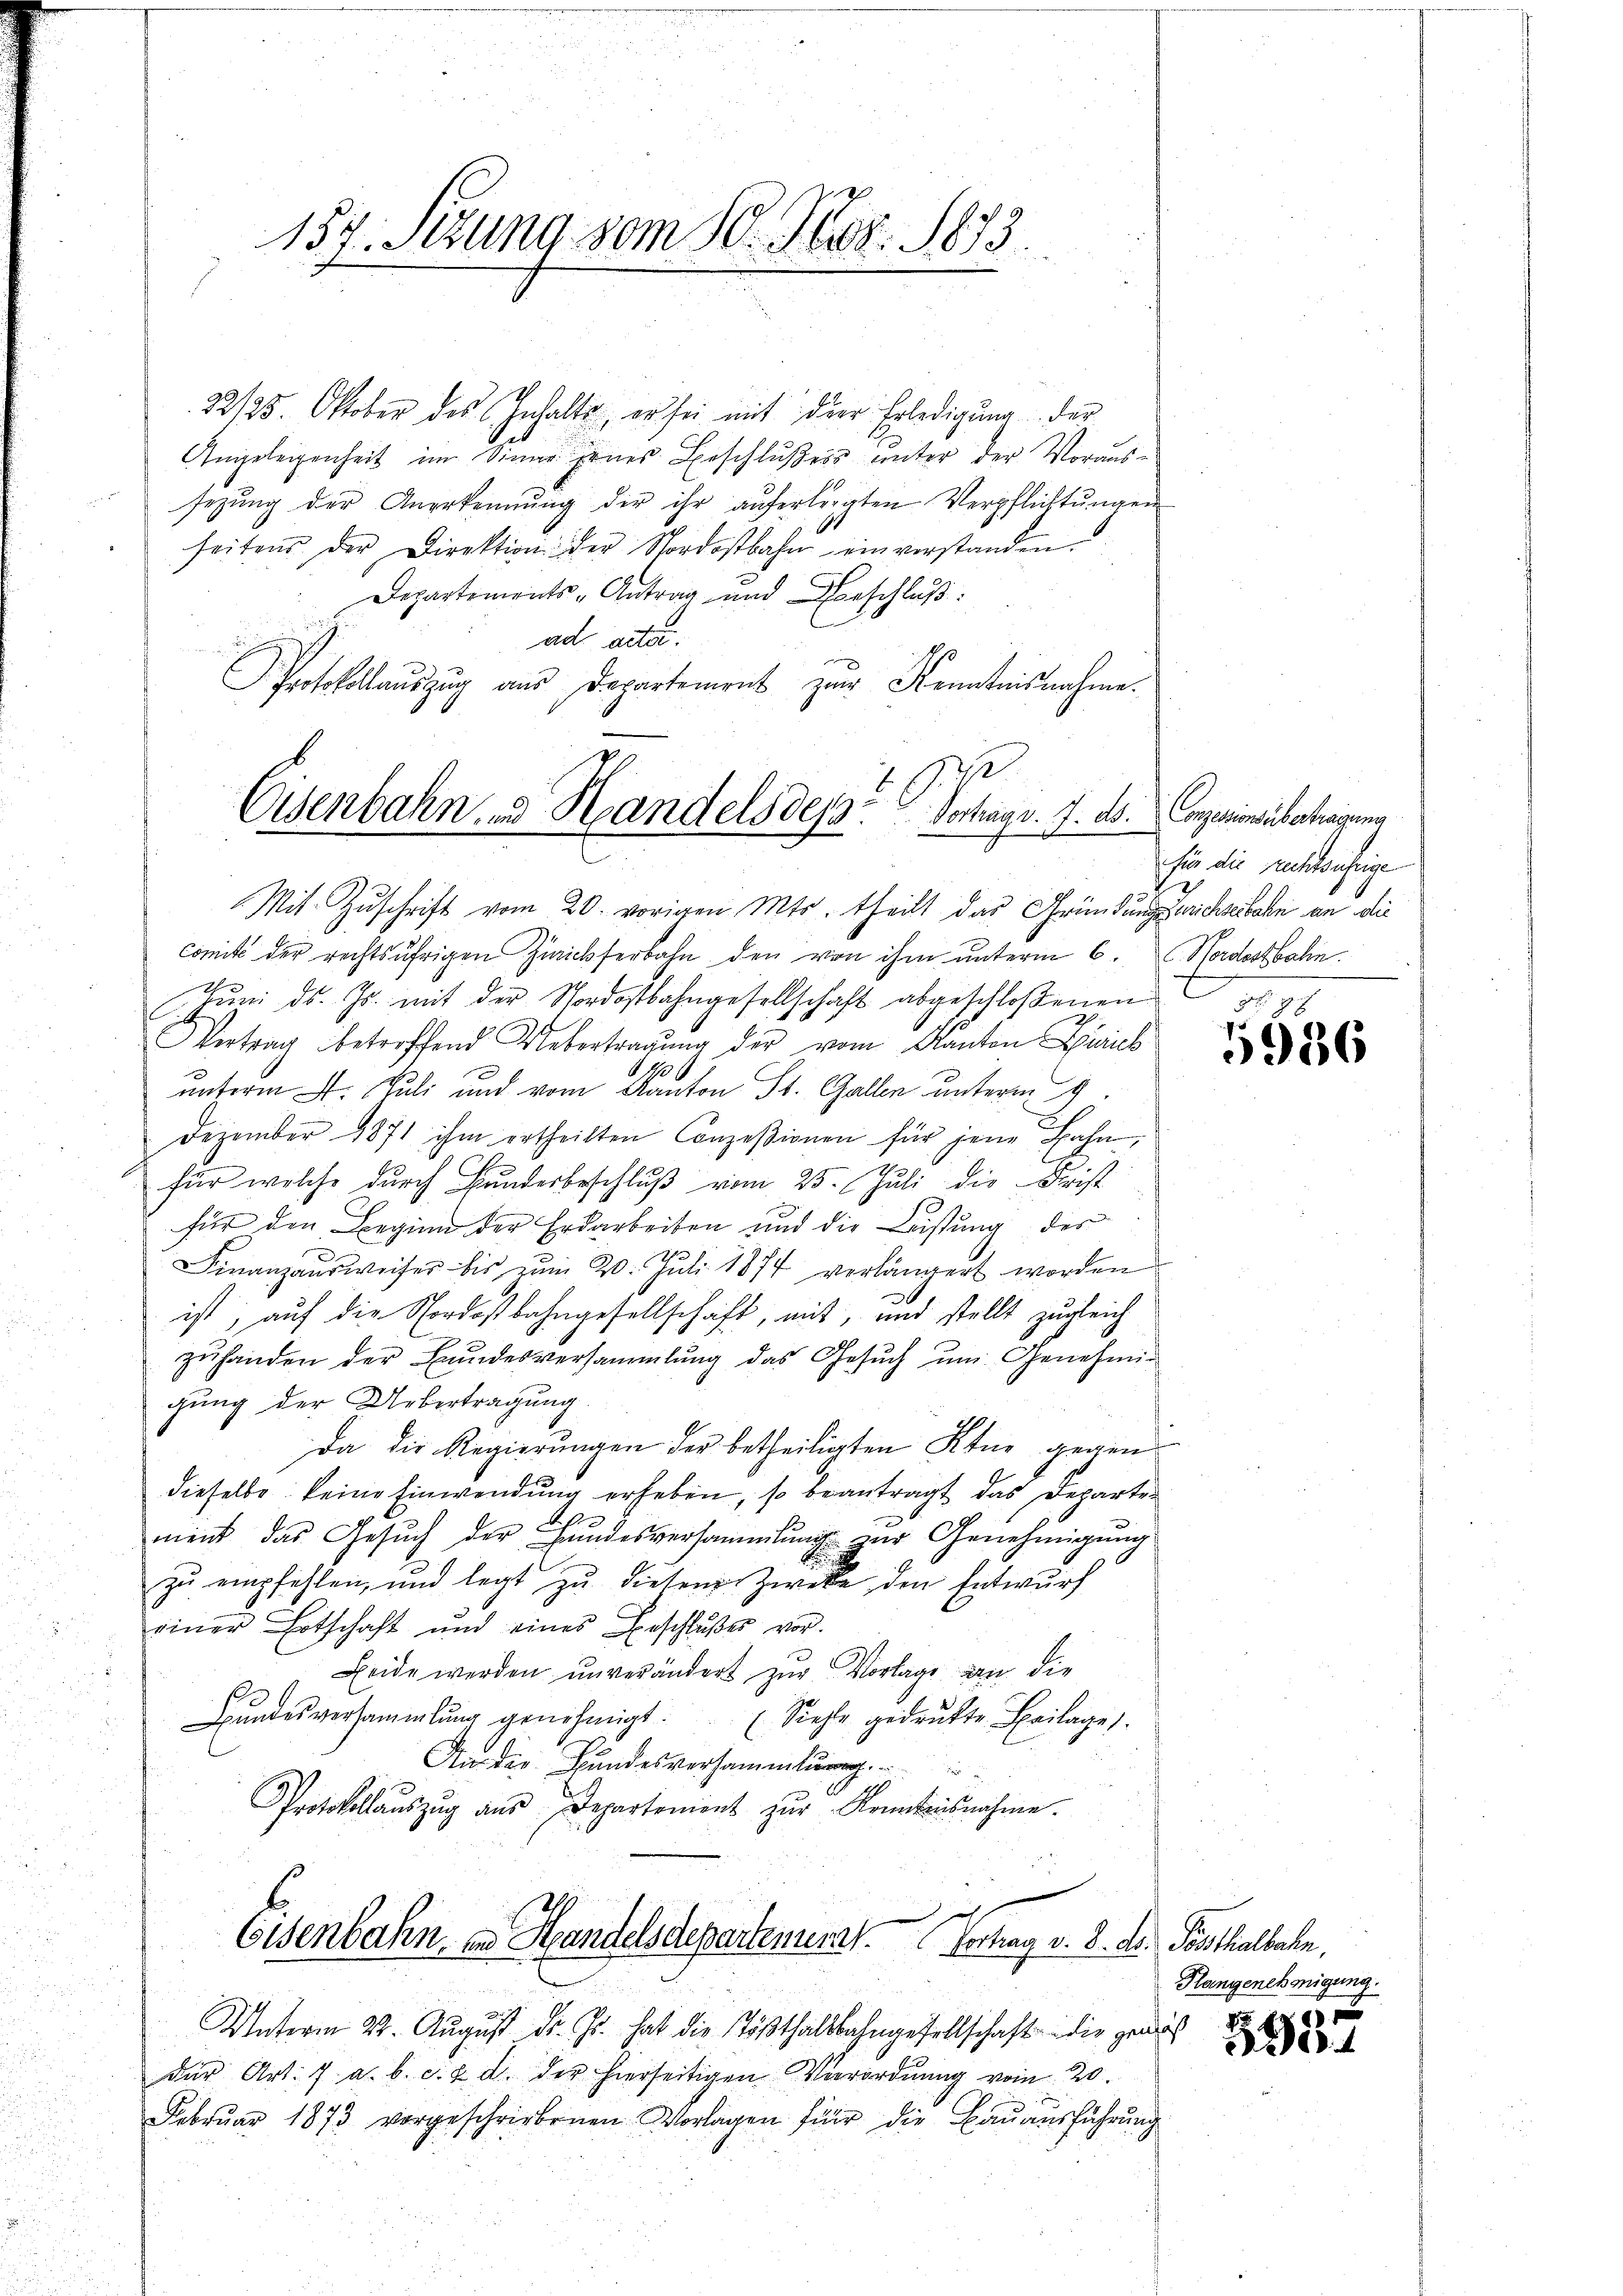
157. Sizung vom 10. Nov. 1873.

22125. Oktober des Inhalte, er sei mit der Erledigung der
Angelegenheit im Sinne jenes Beschlußes unter der Voraus-
sezung der Anerkennung der ihr auferlegten Verpflichtungen
seitens der Direktion der Nordostbahn einverstanden.
Departements-Antrag und Beschluß:
ad acta.
Protokollauszug aus Departement zur Kenntnisnahme.
comit der rechtsufrigen Zwickerbahn den von ihm unterm 6. C. Nordostbahn.
Jŭni d. Js. mit der Nordostbahngesellschaft abgeschloßenen ge¬
Vertrag betreffend Uebertragung der vom Kanton Zürich
unterm 4. Juli und vom Kanton St. Gallen unterm 9.
Dezember 1871 ihm ertheilten Conzesionen für jene Bahn,
für welche durch Bundesbeschluß vom 25. Juli die Frist
für den Beginn der Erdarbeiten und die Leistung des
Finanzaŭsweiser bis zŭm 20. Juli 1874 verlängert worden
.
ist, auf die Nordostbahngesellschaft, mit, und stellt zugleich
zŭhanden der Bŭndesversammlung das Gesŭch ŭm Genehmi-
gung der Uebertragung
Da die Regierungen der betheiligten Ktur gegen
dieselbe keine Einwendung erheben, so beantragt das Departen
ment das Gesŭch der Hŭndesversammlung zur Genehmigŭng
zŭ empfehlen, und legt zŭ diesem Zwecke den Entwŭrf
einer Botschaft und eines Beschlußes vor.
Beide werden unverändert zur Vorlage an die
Bŭndesversammlung genehmigt. (Siehe gedrukte Beilages.
Ai die Bundesversammlung.
Protokollaŭszŭg aŭs Departement zŭr Kenntensnahme.
Eisenbahn, an Handelsdepartement. Vortrag v. 8. d. Posthalbahn,
Unterm 24. August d. Js. hat die Tößthaltbahngesellschaft die gerich
der Art. 7 a. b. c. 2 d. der hierseitigen Verordnŭng vom 20.
Februar 1873 vorgeschriebenen Vorlagen für die Baŭaŭsführŭng

1
Eisenbahn- und Handels dess. Vortrag v. J. ds. Conzessionsübertragung
Mit Zuschrift vom 20. vorigen Mts. theilt das Gründungsrichseebahn an die

für die rechtsufrige

5986

Flangenehmigung.
 f 0 x